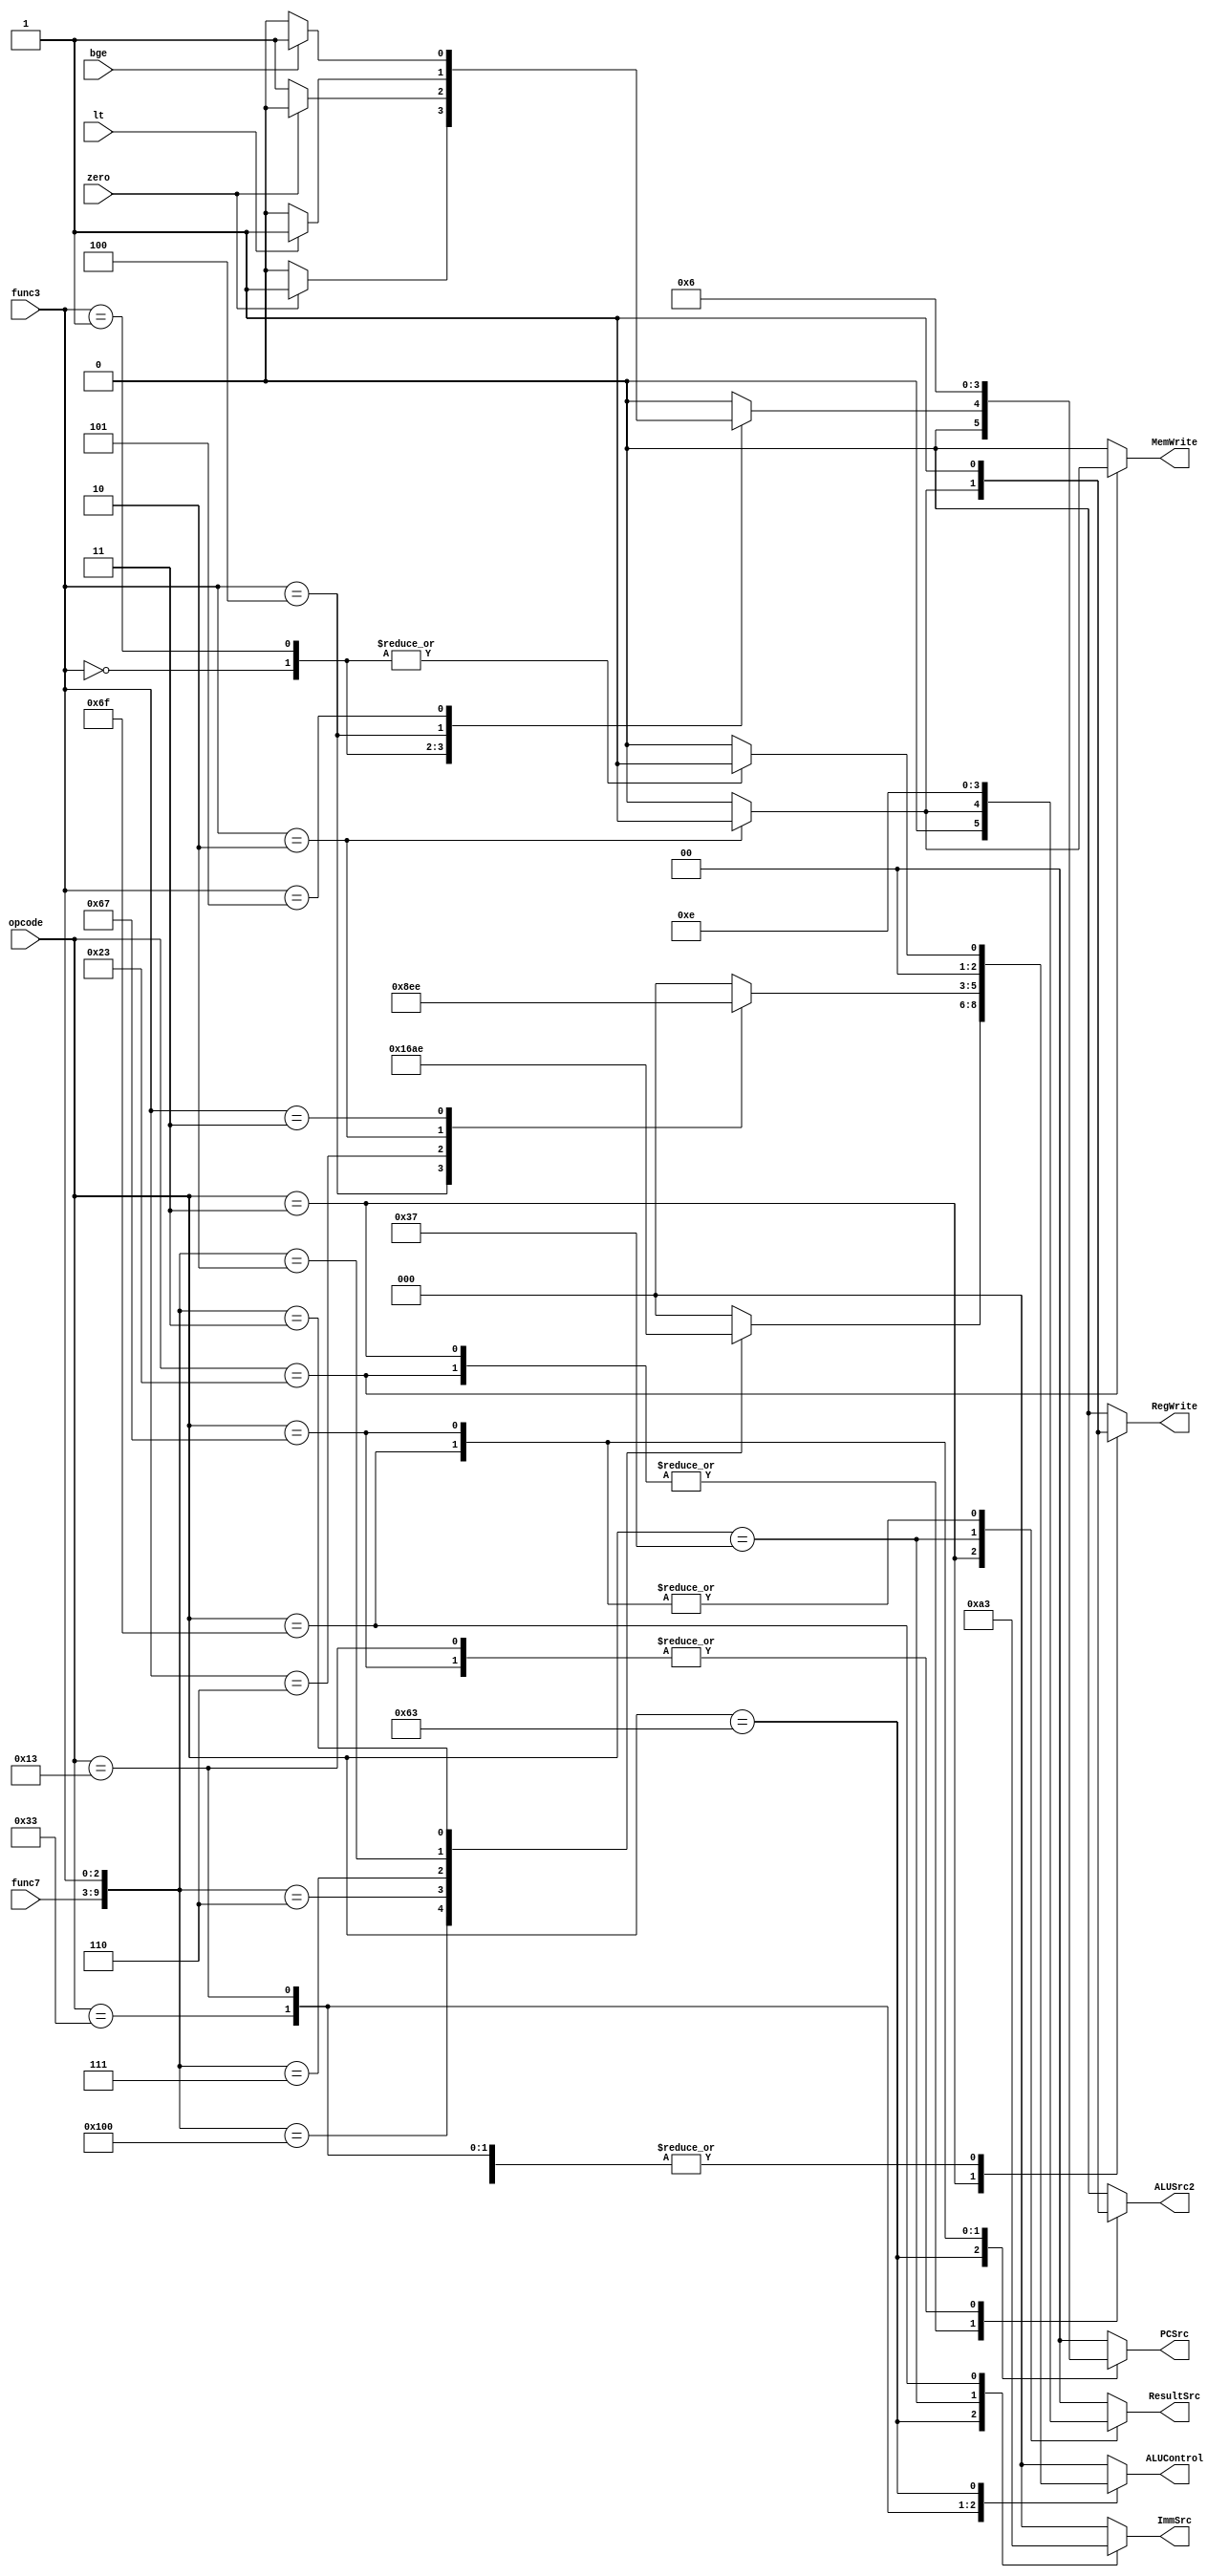
module controller (opcode, func3, func7, zero, bge, lt, 
                    PCSrc, ResultSrc, MemWrite, ALUControl, ALUSrc2, ImmSrc, RegWrite);
    input [6:0] opcode;
    input [2:0] func3;
    input [6:0] func7;
    input zero, bge, lt;
    output reg  MemWrite,RegWrite, ALUSrc2;
    output reg [1:0] PCSrc, ResultSrc;
    output reg [2:0] ALUControl, ImmSrc;
    wire [9:0] function_choose={func7,func3};
    always @(opcode, func3, func7, zero, bge, lt) begin
        {MemWrite, RegWrite} = 2'd0;
        {PCSrc, ResultSrc, ALUSrc2} = 5'd0;
        {ALUControl, ImmSrc} = 6'd0;
        case (opcode)
            	7'd51:begin
		RegWrite=1'b1;
		ALUSrc2=1'b0; 
		ResultSrc=2'b00;
		case (function_choose)
                	0:  ALUControl = 3'b000;   //add
                	256: ALUControl = 3'b001;  //sub
			6: ALUControl = 3'b011; //or
                	7: ALUControl = 3'b010; //and
                	2: ALUControl = 3'b101; //slt
                	3: ALUControl= 3'b110; //sltu
            	endcase 
		end
            	7'd19: begin
			ResultSrc=2'b00;		
			ImmSrc = 3'b000;
		    	RegWrite = 1'b1;
                    	ALUSrc2 = 1'b1;		
			case (func3)
                	3'b000: ALUControl = 3'b000; //addi
                	3'b100: ALUControl =3'b100; //xori
                	3'b110: ALUControl = 3'b011; //ori
                	3'b010: ALUControl = 3'b101; //slti
                	3'b011: ALUControl = 3'b110; //sltui
            		endcase
		end
            	7'd3:begin
		case(func3)
			3'b010:begin
			ImmSrc = 3'b000;
                	ResultSrc=2'b01;
                	ALUSrc2=1'b1;
                	RegWrite=1'b1;
			end
			endcase
            	end          //lw	
            	7'd35:begin
		case(func3)
			3'b010:begin
                		MemWrite=1'b1;
                		ImmSrc=3'b001;
                		ALUSrc2=1'b1;
				ImmSrc = 3'b000;
 				ALUControl = 3'b000;
			end
			endcase
            	end          //sw
		7'd99:begin
			ALUSrc2=1'b0;
			ImmSrc = 3'b010; 
			case (func3)
                	3'b000: begin ALUControl = 3'b001; PCSrc = (zero==1)? 2'b01 : 2'b00; end //beq
                	3'b001: begin ALUControl = 3'b001; PCSrc = (zero==1)? 2'b00 : 2'b01; end //bne
                	3'b100: PCSrc = (lt==1)?  2'b01: 2'b00; //blt
                	3'b101: PCSrc = (bge==1)? 2'b01: 2'b00; //bge
            		endcase
		end
            	7'd55:begin
                	ResultSrc=2'b11;
			ImmSrc= 3'b100;
                	RegWrite= 1'b1;
            	end  //lui
            	7'd111:begin
               		PCSrc=2'b01;
                	ResultSrc=2'b10;
                	ImmSrc=3'b011;
                	RegWrite=1'b1;
            	end  //jal
            	7'd103:begin
			ImmSrc= 3'b000;
			ALUControl = 3'b000;
                	PCSrc=2'b10;
                	ResultSrc=2'b10;
                	RegWrite=1'b1;
               		ALUSrc2=1'b1;
            	end //jalr
        endcase
    end
endmodule